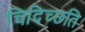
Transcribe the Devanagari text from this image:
चिदिच्छति